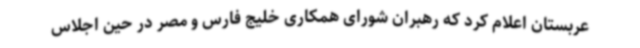
عربستان اعلام کرد که رهبران شورای همکاری خلیج فارس و مصر در حین اجلاس